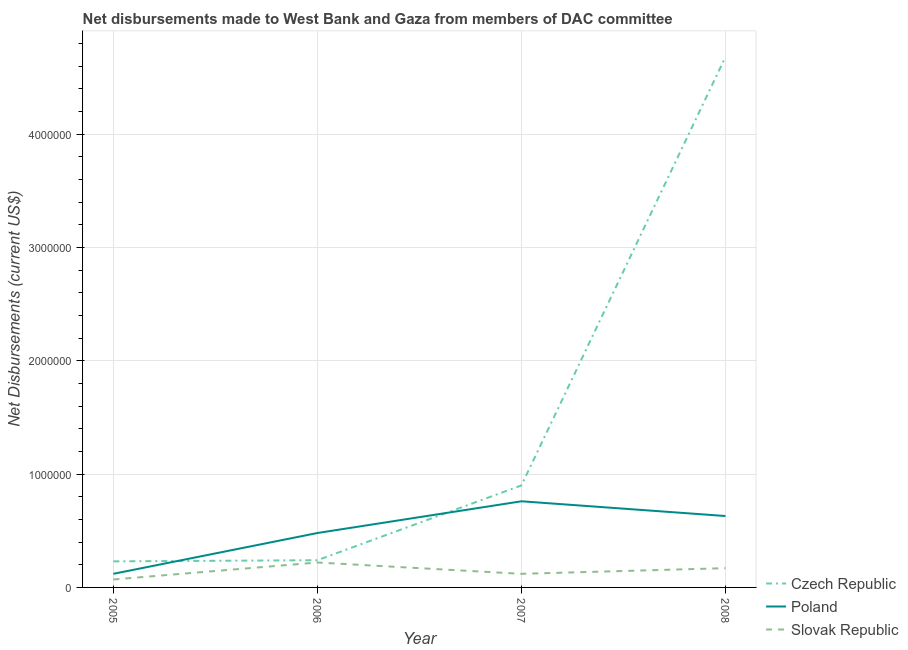
| Year | Czech Republic | Poland | Slovak Republic |
 | --- | --- | --- | --- |
 | 2005 | 2.3e+05 | 1.2e+05 | 7e+04 |
 | 2006 | 2.4e+05 | 4.8e+05 | 2.2e+05 |
 | 2007 | 9e+05 | 7.6e+05 | 1.2e+05 |
 | 2008 | 4.68e+06 | 6.3e+05 | 1.7e+05 |